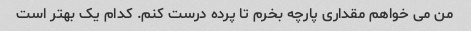
من می خواهم مقداری پارچه بخرم تا پرده درست کنم. کدام یک بهتر است